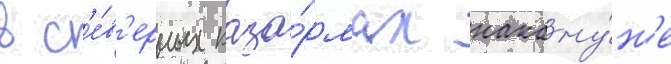
в с'е́в'ерных каза́рмах накану́н'е